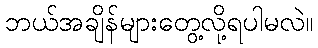
ဘယ်အချိန်များတွေ့လို့ရပါမလဲ။